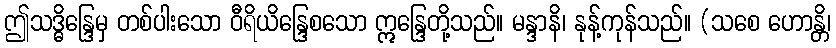
ဤသဒ္ဓိန္ဒြေမှ တစ်ပါးသော ဝီရိယိန္ဒြေစသော ဣန္ဒြေတို့သည်။ မန္ဒာနိ၊ နုန့်ကုန်သည်။ (သစေ ဟောန္တိ၊